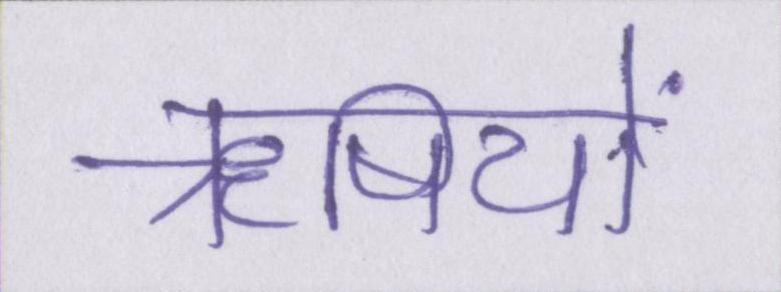
ॠषियों